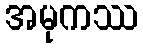
အမုကဿ